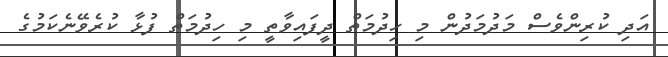
އަދި ކުރިންވެސް މަދުމަދުން މި ހިދުމަތް ދީފައިވާތީ މި ހިދުމަތް ފުޅާ ކުރެވޭނެކަމުގެ